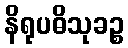
နိရုပဓိသုခဉ္စ